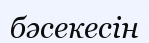
бәсекесін